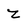
Character: z